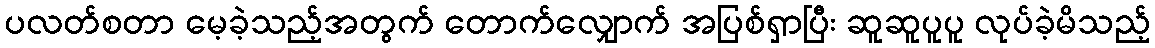
ပလတ်စတာ မေ့ခဲ့သည့်အတွက် တောက်လျှောက် အပြစ်ရှာပြီး ဆူဆူပူပူ လုပ်ခဲ့မိသည့်